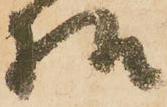
様